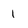
Character: 1